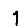
Digit: 1